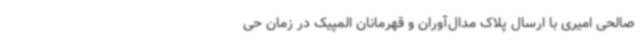
صالحی امیری با ارسال پلاک مدال‌آوران و قهرمانان المپیک در زمان حی